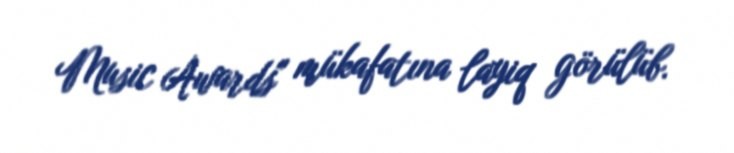
Music Awards" mükafatına layiq görülüb.